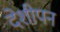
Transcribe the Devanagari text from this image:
देशीपन